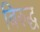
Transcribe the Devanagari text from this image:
बिरुद्ध